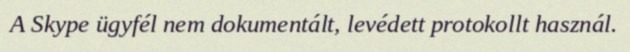
A Skype ügyfél nem dokumentált, levédett protokollt használ.